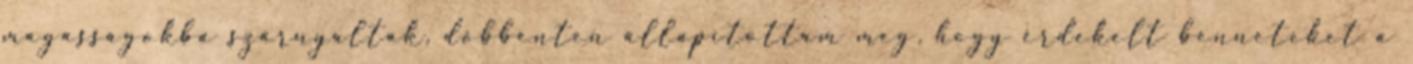
magasságokba szárnyaltak, döbbenten állapítottam meg, hogy érdekelt benneteket a